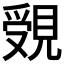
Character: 𧡓